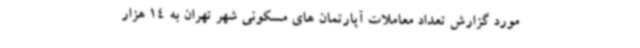
مورد گزارش تعداد معاملات آپارتمان های مسکونی شهر تهران به 14 هزار